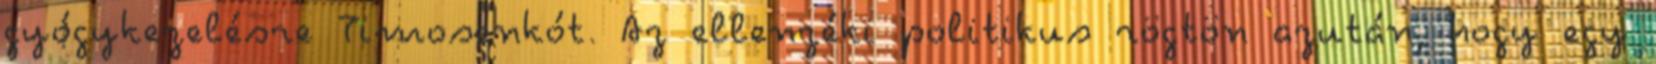
gyógykezelésre Timosenkót. Az ellenzéki politikus rögtön azután, hogy egy